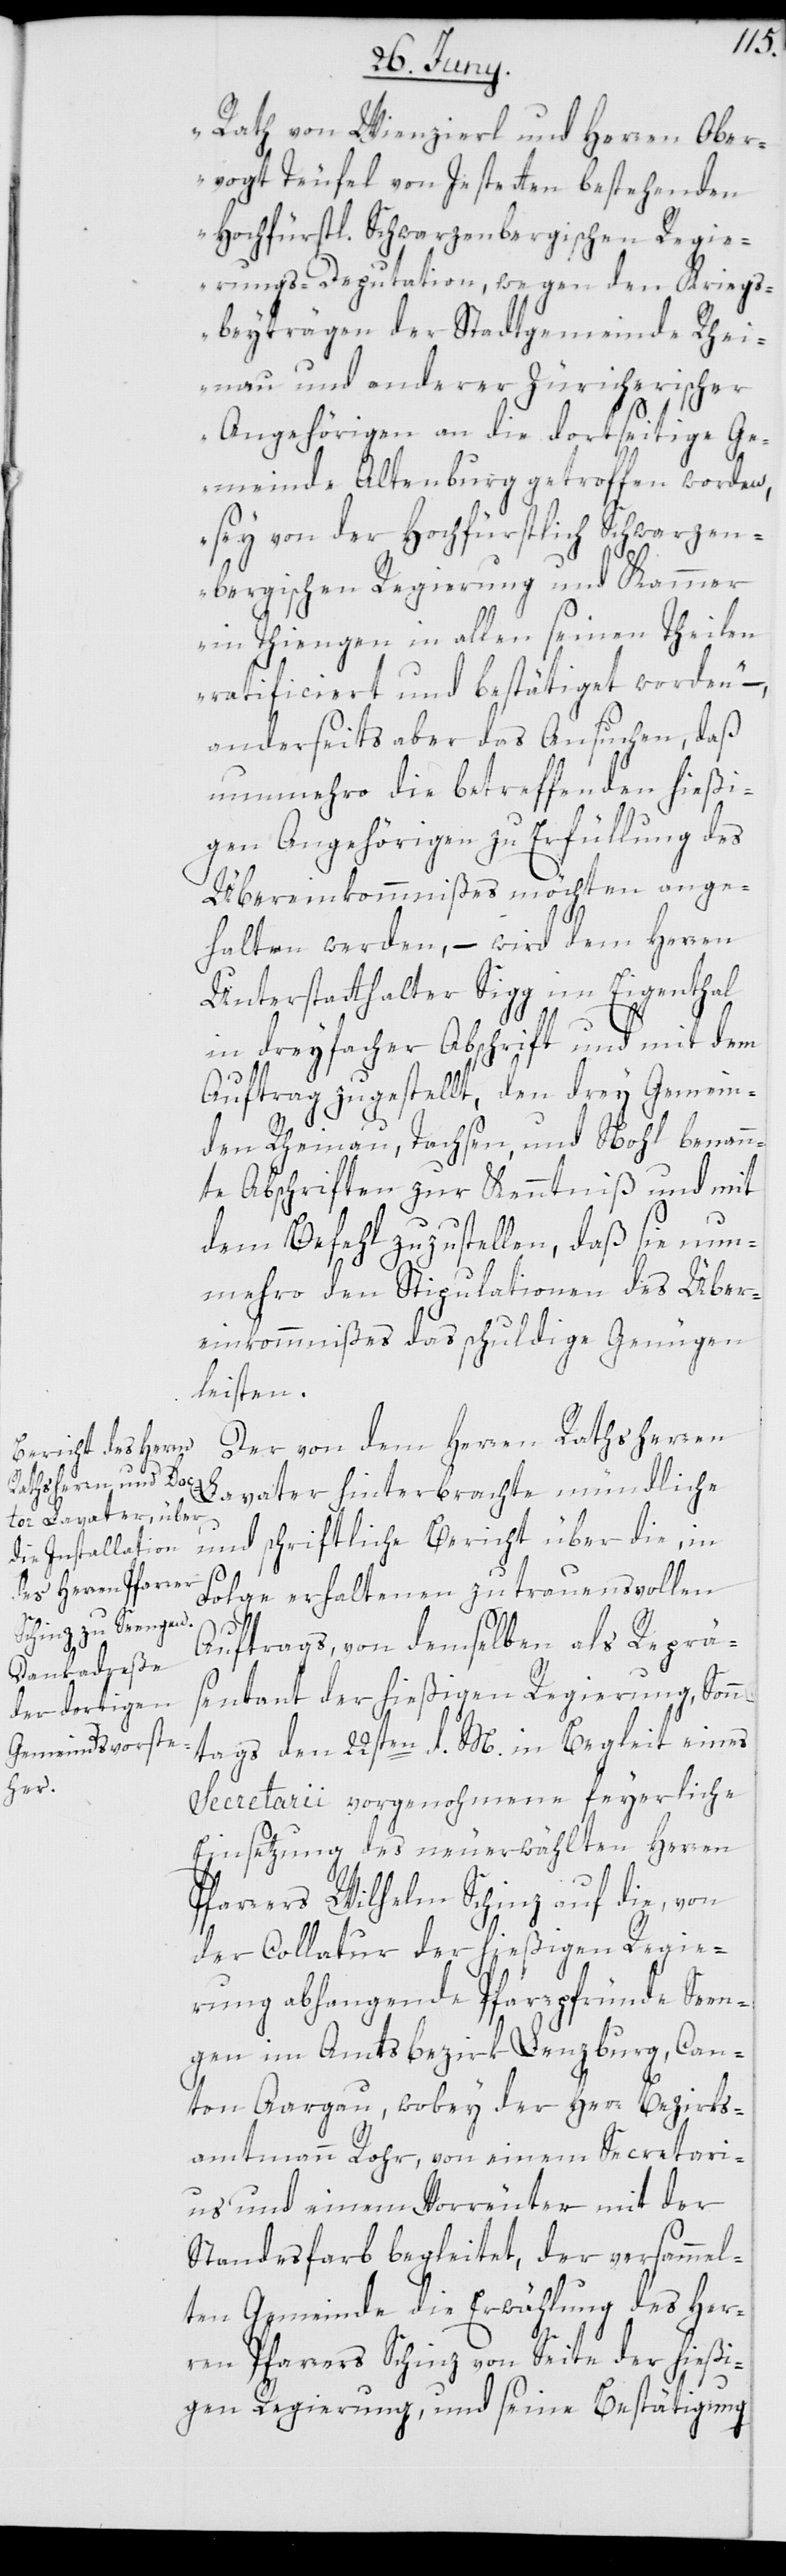
Rath von Wienzirl und Herren Ober¬
vogt Teufel von Jestetten bestehenden
Hochfürstl. Schwarzenbergischen Regie¬
rungs-Deputation, wegen den Kriegs¬
beyträgen der Stadtgemeinde Rhei¬
nau und anderer Zürcherischer
Angehörigen an die dortseitige Ge¬
meinde Altenburg getroffen worden,
sey von der Hochfürstlich Schwarzen¬
bergischen Regierung und Kammer
in Thiengen in allen seinen Theilen
ratificiert und bestätiget worden“,
anderseits aber das Ansuchen, daß
nunmehro die betreffenden hießi¬
gen Angehörigen zu Erfüllung des
Übereinkommnißes möchten ange¬
halten werden, – wird dem Herren
Unterstatthalter Sigg im Eigenthal
in dreyfacher Abschrift und mit dem
Auftrag zugestellt, den drey Gemein¬
den Rheinau, Tachsen und Nohl benann¬
te Abschriften zur Kenntniß und mit
dem Befehl zuzustellen, daß sie nun¬
mehro den Stipulationen des Über¬
einkommnißes das schuldige Genügen
leisten.
Der von dem Herren Rathsherrn
Lavater hinterbrachte mündliche
und schriftliche Bericht über die, in
Folge erhaltenen zutrauensvollen
Auftrags, von demselben als Reprä¬
sentant der hießigen Regierung, Sonn¬
tags den 22sten d. M in Begleit eines
Secretarii vorgenohmene feyerliche
Einsetzung des neu erwählten Herren
Pfarrers Wilhelm Schinz auf die, von
der Collatur der hießigen Regie¬
rung abhangende Pfarrpfründe See¬
ngen im Amtsbezirk Lenzburg, Can¬
ton Aargau, wobey der Herr Bezirks¬
amtmann Rohr, von einem Secretari¬
us und einem Vorreuter mit der
Standesfarb begleitet, der versammel¬
ten Gemeinde die Erwählung des Her¬
ren Pfarrers Schinz von Seite der hießi¬
gen Regierung, und seine Bestätigung